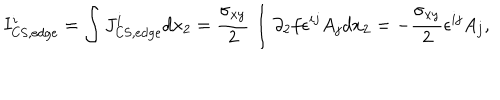
I _ { \mathrm { C S , e d g e } } ^ { i } = \int J _ { \mathrm { C S , e d g e } } ^ { i } d x _ { 2 } = { \frac { \sigma _ { x y } } { 2 } } \int \partial _ { 2 } f \epsilon ^ { i j } A _ { j } d x _ { 2 } = - { \frac { \sigma _ { x y } } { 2 } } \epsilon ^ { i j } A _ { j } ,